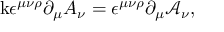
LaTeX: \mathrm { k } \epsilon ^ { \mu \nu \rho } \partial _ { \mu } A _ { \nu } = \epsilon ^ { \mu \nu \rho } \partial _ { \mu } \mathcal { A } _ { \nu } ,